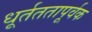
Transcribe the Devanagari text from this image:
धूर्तततापूर्वक